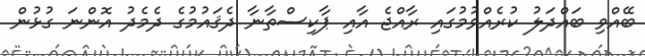
ބޭއްވި ބައްދަލު ކުރެއްވުމުގައި ރާއްޖެ އާއި ޕާކިސްތާނާ ދެޤައުމުގެ ދެމެދު އޮންނަ ގުޅުން